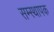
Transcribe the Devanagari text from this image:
सम्स्थापक